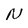
Character: N